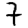
Digit: 7